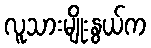
လူသားမျိုးနွယ်က